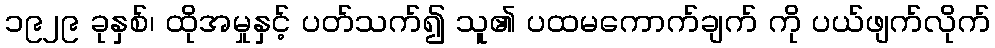
၁၉၂၉ ခုနှစ်၊ ထိုအမှုနှင့် ပတ်သက်၍ သူ၏ ပထမကောက်ချက် ကို ပယ်ဖျက်လိုက်